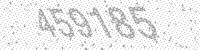
Solution: 459185